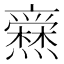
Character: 𱬩